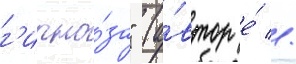
г'ипно́за" (а́втор е́ //